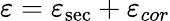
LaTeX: \varepsilon=\varepsilon_{\mathrm{sec}}+\varepsilon_{cor}